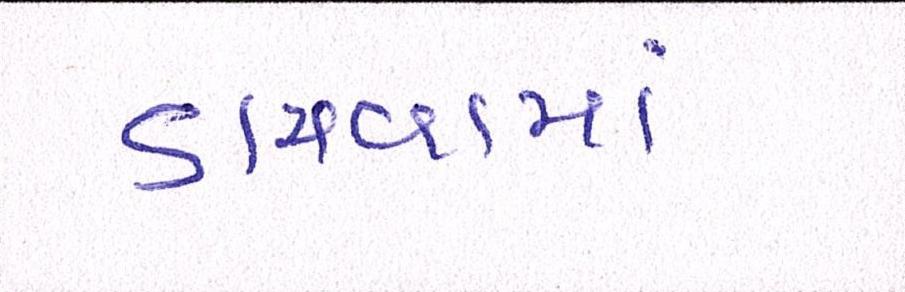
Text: ડામવામાં